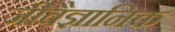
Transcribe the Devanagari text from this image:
जीवैज्ञानिक